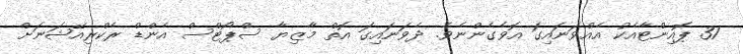
31 ޕޮއިންޓާއެކު އެއްވަނައިގަ އޮވެގެންނެވެ. ދެވަނައިގަ އޮތް މާޒިޔާ ސްޕޯޓްސް އެންޑް ރެކްރިއޭޝަނަށް